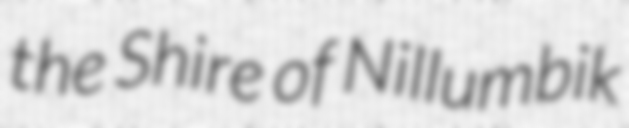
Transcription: the Shire of Nillumbik